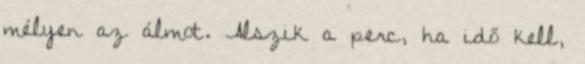
mélyen az álmot. Alszik a perc, ha idő kell,